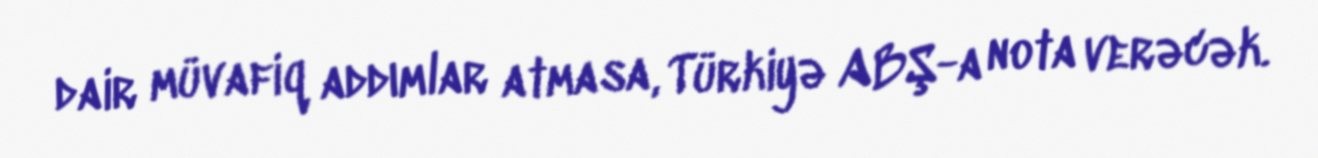
dair müvafiq addımlar atmasa, Türkiyə ABŞ-a nota verəcək.